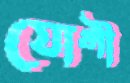
যোগী